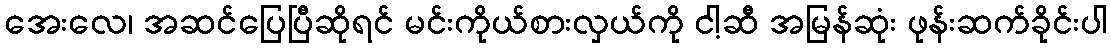
အေးလေ၊ အဆင်ပြေပြီဆိုရင် မင်းကိုယ်စားလှယ်ကို ငါ့ဆီ အမြန်ဆုံး ဖုန်းဆက်ခိုင်းပါ